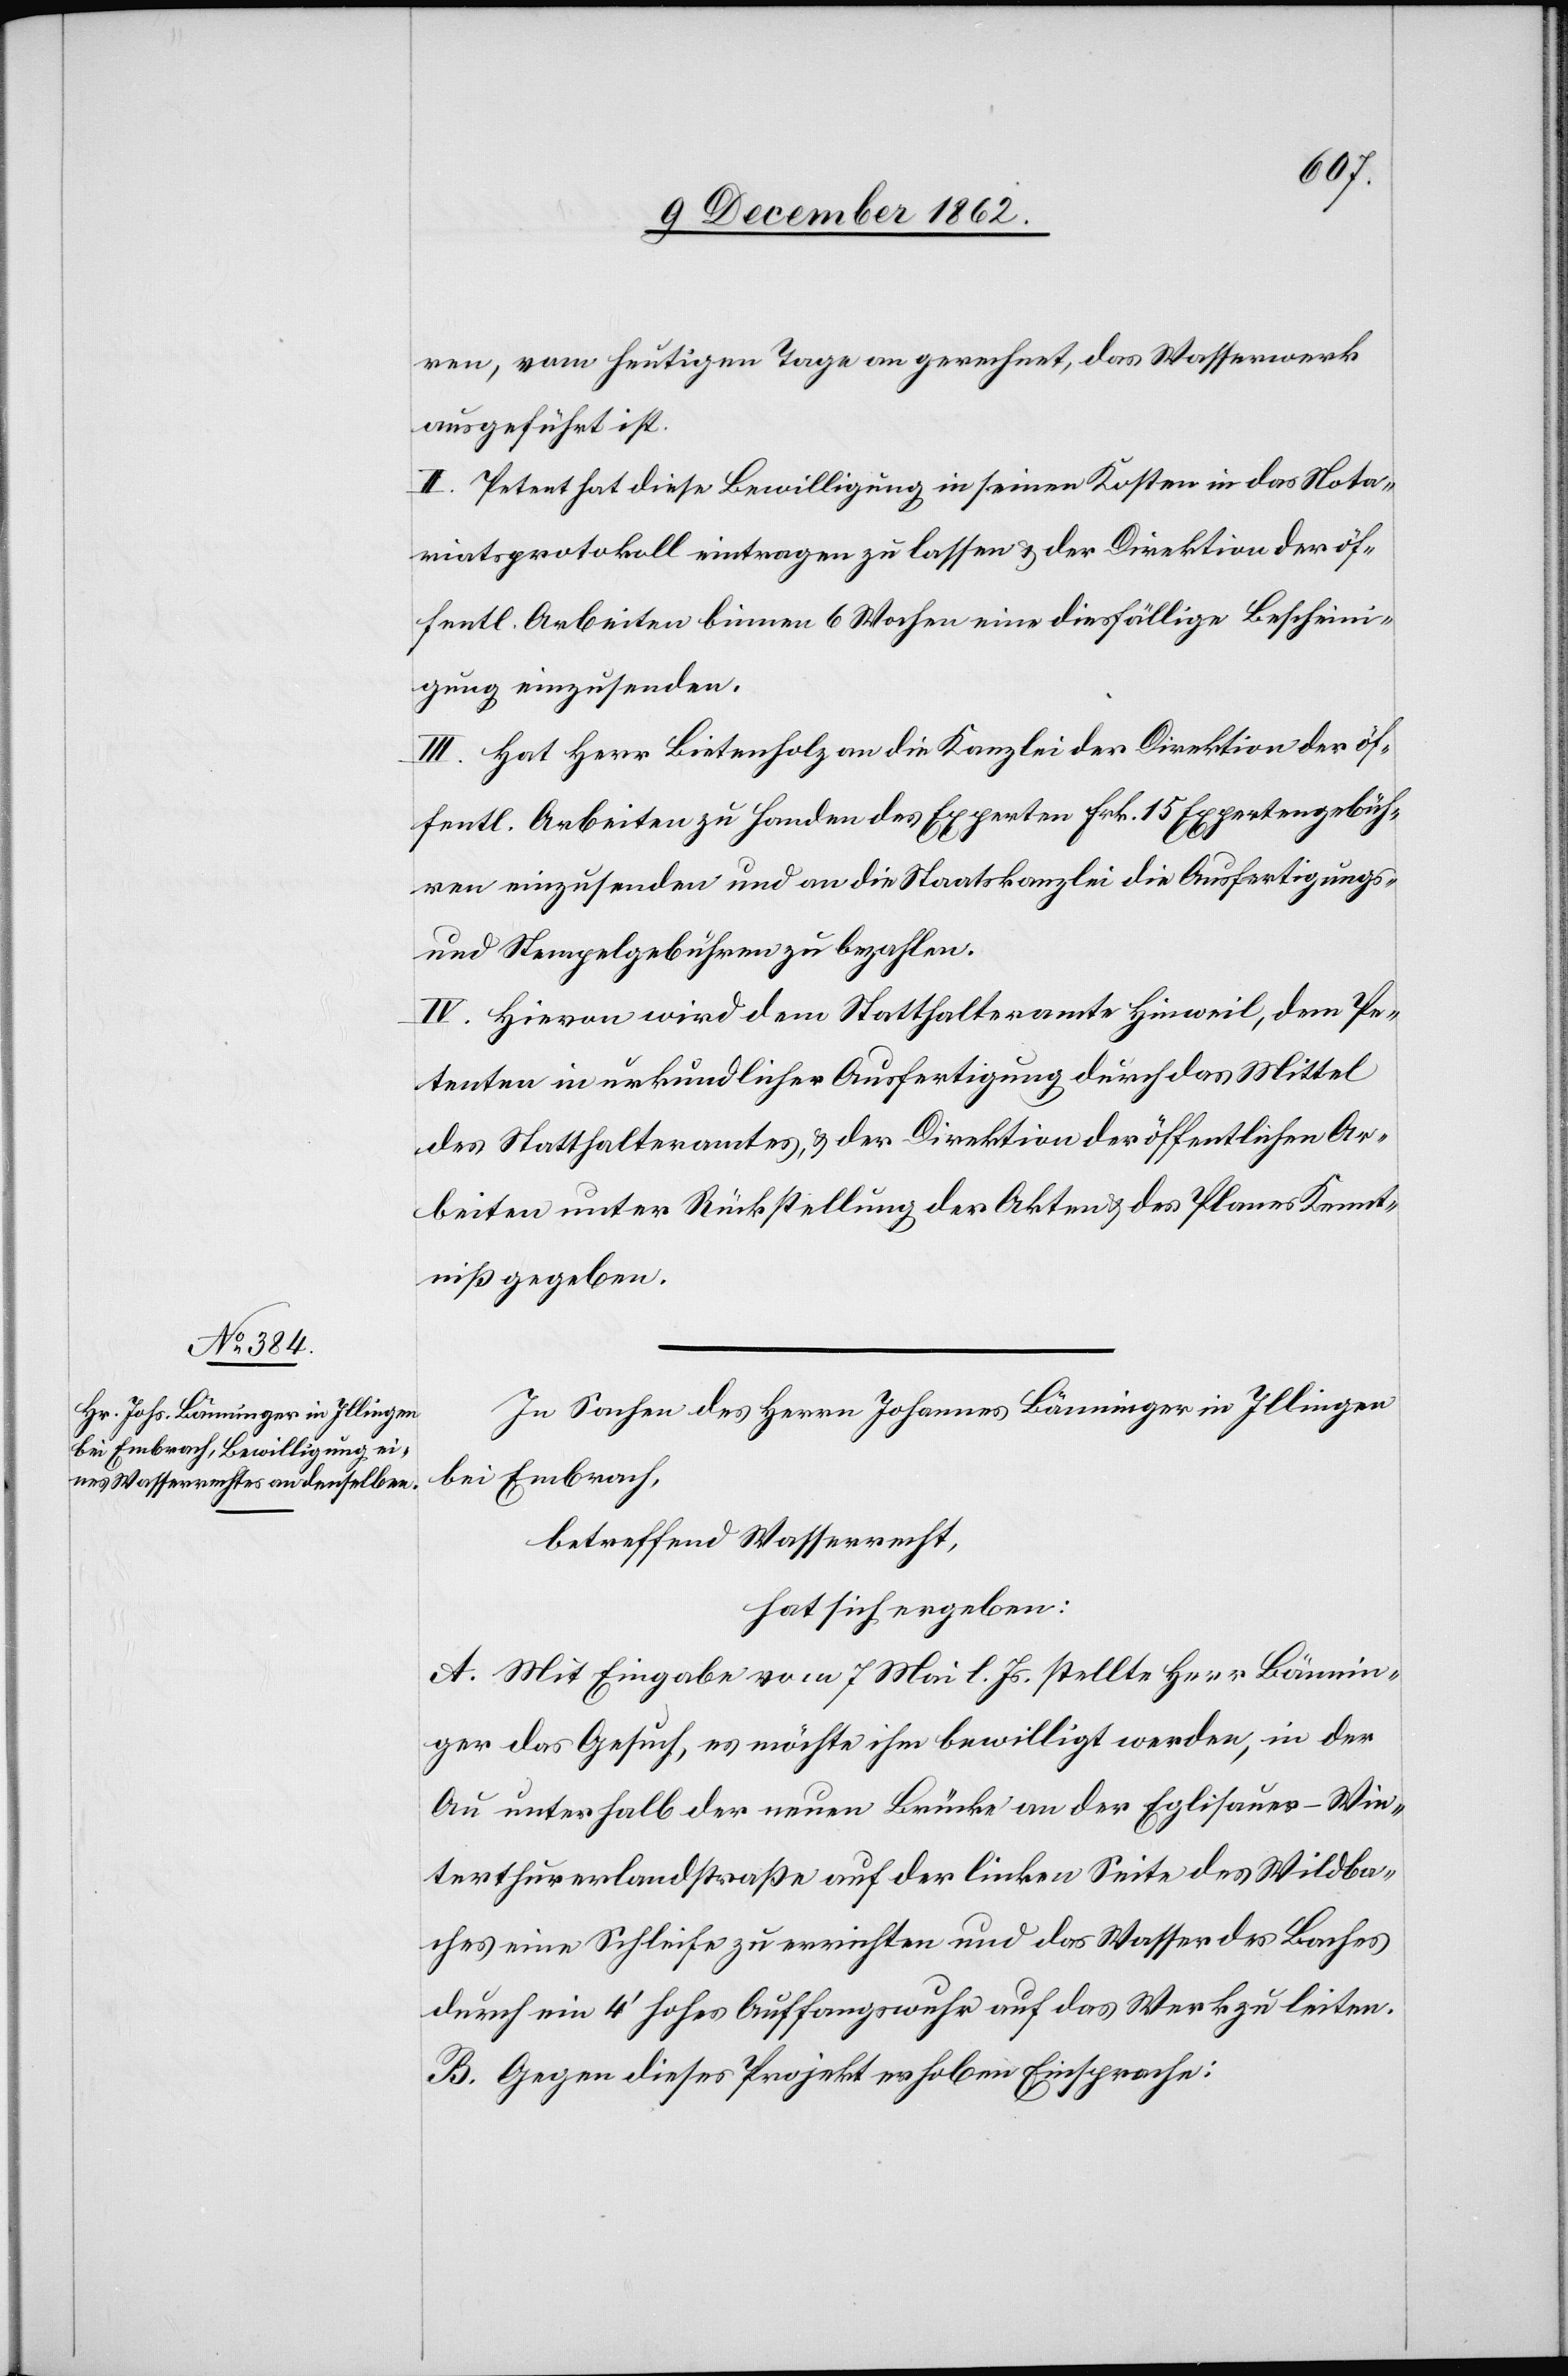
ren, vom heutigen Tage an gerechnet, das Wasserwerk
ausgeführt ist.
II. Petent hat diese Bewilligung in seinen Kosten in das Nota¬
riatsprotokoll eintragen zu lassen u. der Direktion der öf¬
fentl. Arbeiten binnen 6 Wochen eine diesfällige Bescheini¬
gung einzusenden.
III. Hat Herr Bietenholz an die Kanzlei der Direktion der öf¬
fentlichen Arbeiten zu Handen des Experten Frk. 15 Expertengebüh¬
ren einzusenden und an die Staatskanzlei die Ausfertigungs-
und Stempelgebühren zu bezahlen.
IV. Hievon wird dem Statthalteramte Hinweil, dem Pe¬
tenten in urkundlicher Ausfertigung durch das Mittel
des Statthalteramtes, u. der Direktion der öffentlichen Ar¬
beiten unter Rückstellung der Akten u. des Planes Kennt¬
niß gegeben.
In Sachen des Herrn Johannes Bänninger in Illingen
bei Embrach,
betreffend Wasserrecht,
hat sich ergeben:
A. Mit Eingabe vom 7. Mai l. Js. stellte Herr Bännin¬
ger das Gesuch, es möchte ihm bewilligt werden, in der
Au unterhalb der neuen Brücke an der Eglisauer-Win¬
terthurerlandstraße auf der linken Seite des Wildba¬
ches eine Schleife zu errichten und das Wasser des Baches
durch ein 4’ hohes Auffangswuhr auf das Werk zu leiten.
B. Gegen dieses Projekt erhoben Einsprache: